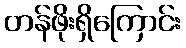
တန်ဖိုးရှိကြောင်း